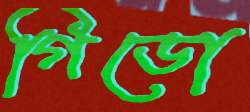
গিডো